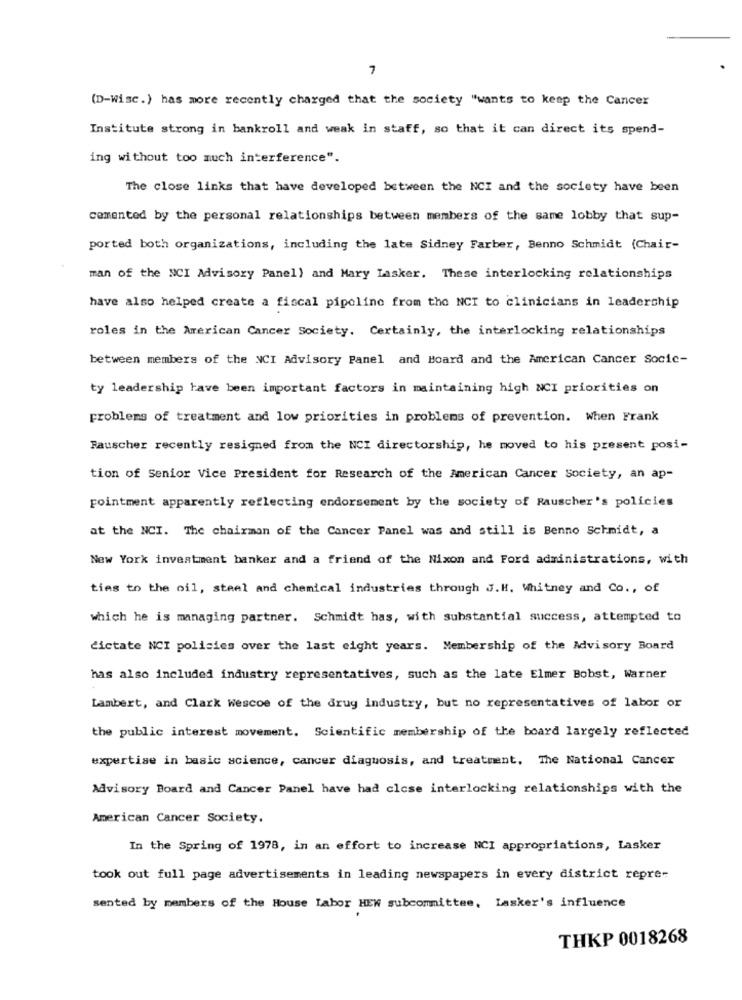
7
(D-Wisc.) has more recently charged that the society "wants to keep the Cancer
Institute strong in bankroll and weak in staff, so that it can direct its spend-
ing without too much interference".
The close links that have developed between the NCI and the society have been
cemented by the personal relationships between members of the same lobby that sup-
ported both organizations, including the late Sidney Farber, Benno Schmidt (Chair-
man of the NCI Advisory Panel) and Mary Lasker. These interlocking relationships
have also helped create a fiscal pipeline from the NCI to clinicians in leadership
roles in the American Cancer Society. Certainly, the interlocking relationships
between members of the NCI Advisory Panel and Board and the American Cancer Socic-
ty leadership have been important factors in maintaining high NCI priorities on
problems of treatment and low priorities in problems of prevention. When Frank
Rauscher recently resigned from the NCI directorship, he moved to his present posi-
tion of Senior Vice President for Research of the American Cancer Society, an ap-
Fointment apparently reflecting endorsement by the society of Rauscher's policies
at the NCI. The chairman of the Cancer Panel was and still is Benno Schmidt, a
New York investment banker and a friend of the Nixon and Ford administrations, with
ties to the oil, steel and chemical industries through J.H. Whitney and Co ., of
which he is managing partner. Schmidt has, with substantial success, attempted to
dictate NCI policies over the last eight years. Membership of the Advisory Board
has also included industry representatives, such as the late Elmer Bobst, Warner
Lambert, and Clark wescoe of the drug industry, but no representatives of labor or
the public interest movement. Scientific membership of the board largely reflected
expertise in basic science, cancer diagnosis, and treatment, The National Cancer
Advisory Board and Cancer Panel have had close interlocking relationships with the
American Cancer Society.
In the Spring of 1978, in an effort to increase NCI appropriations, Lasker
took out full page advertisements in leading newspapers in every district repre-
sented by members of the House Labor HEN subcommittee, Lasker's influence
THKP 0018268